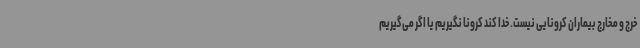
خرج و مخارج بیماران کرونایی نیست. خدا کند کرونا نگیریم یا اگر می‌گیریم